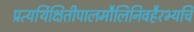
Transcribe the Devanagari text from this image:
प्रत्यर्थिक्षितीपालमौलिनिवहैरभ्यर्चि